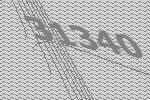
31340